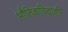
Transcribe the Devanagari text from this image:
भौतिकविदाशी